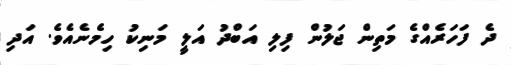
ދެ ފަހަރެއްގެ މަތިން ޖަލުން ފިލި އަބްދު އަލީ މަނިކު ހިމެނެއެވެ. އަދި